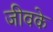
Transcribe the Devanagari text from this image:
जीवके